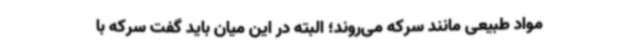
مواد طبیعی مانند سرکه می‌روند؛ البته در این میان باید گفت سرکه با